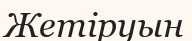
Жетіруын